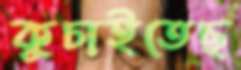
কুচাইতেছ